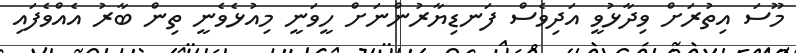
މޫސަ އިތުރަށް ވިދާޅުވީ އަދިވެސް ފަނޑިޔާރުންނަށް ހީވަނީ މިއުޅެވެނީ ތިން ބާރު އެއްވެފައި